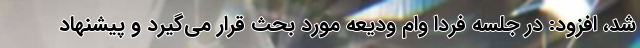
شد، افزود: در جلسه فردا وام ودیعه مورد بحث قرار می‌گیرد و پیشنهاد